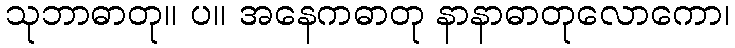
သုဘာဓာတု။ ပ။ အနေကဓာတု နာနာဓာတုလောကော၊